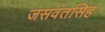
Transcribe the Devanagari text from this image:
जसवंतसिह